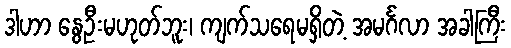
ဒါဟာ နွေဦးမဟုတ်ဘူး၊ ကျက်သရေမရှိတဲ့ အမင်္ဂလာ အခါကြီး